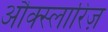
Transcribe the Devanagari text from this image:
औक्स्लारिज़